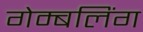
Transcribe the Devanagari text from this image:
गेम्बलिंग